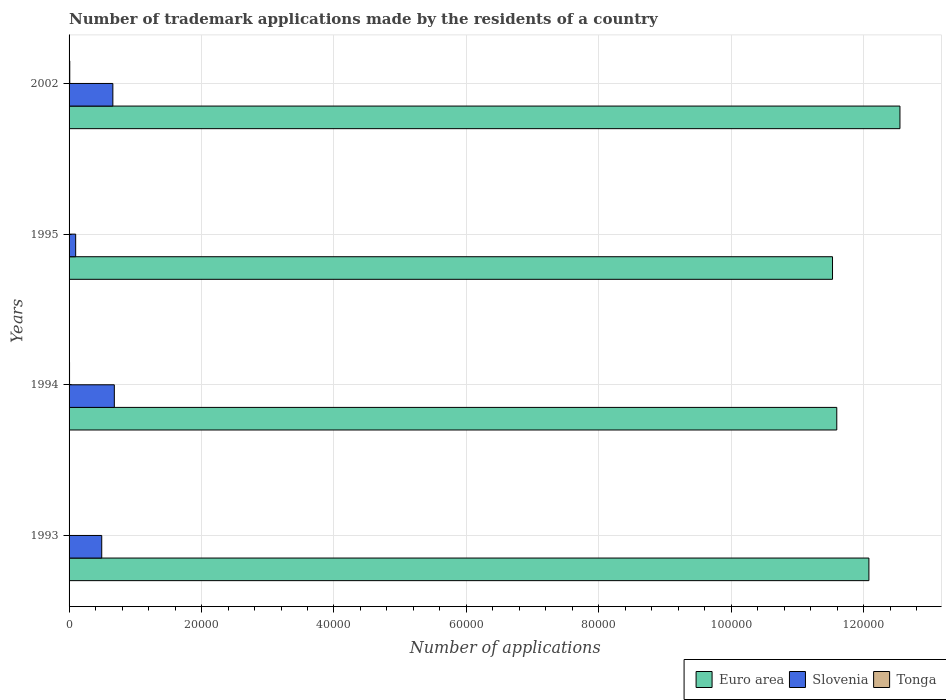
| Years | Euro area | Slovenia | Tonga |
 | --- | --- | --- | --- |
 | 1993 | 1.21e+05 | 4.93e+03 | 45 |
 | 1994 | 1.16e+05 | 6.83e+03 | 73 |
 | 1995 | 1.15e+05 | 997 | 45 |
 | 2002 | 1.25e+05 | 6.61e+03 | 105 |